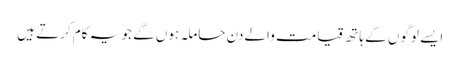
ایسے لوگوں کے ہاتھ قیامت والے دن حاملہ ہوں گے جو یہ کام کرتے ہیں